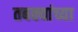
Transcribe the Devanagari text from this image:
तबक्यांच्या